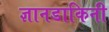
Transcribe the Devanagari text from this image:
ज्ञानडाकिनी